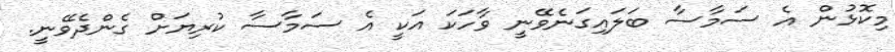
މިކޮޅުން އެ ސަމާސާ ބަލައިގަނެވޭނީ ވާހަކަ އަކީ އެ ސަމާސާ ކުރިޔަށް ގެންދެވޭނީ.